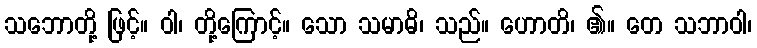
သဘောတို့ ဖြင့်။ ဝါ၊ တို့ကြောင့်။ သော သမာဓိ၊ သည်။ ဟောတိ၊ ၏။ တေ သဘာဝါ၊